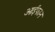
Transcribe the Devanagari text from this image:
आईफान